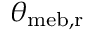
\theta _ { \mathrm { { m e b , r } } }